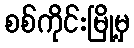
စစ်ကိုင်းမြို့မှ